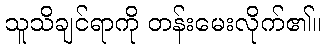
သူသိချင်ရာကို တန်းမေးလိုက်၏။